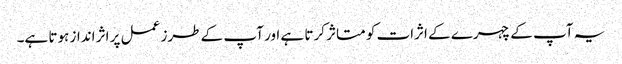
یہ آپ کے چہرے کے اثرات کو متاثر کرتا ہے اور آپ کے طرز عمل پر اثر انداز ہوتا ہے۔